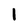
Character: 1